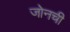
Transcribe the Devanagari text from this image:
जोनची